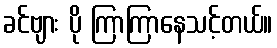
ခင်ဗျား ပို ကြာကြာနေသင့်တယ်။